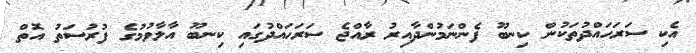
އެކި ސަރަހައްދުތަކުން ކިނބޫ ފެންނަމުންދާއިރު ރާއްޖެ ސަރަހައްދުގައި ކިނބޫ އާލާވުމުގެ ފުރުސަތު އޮތް